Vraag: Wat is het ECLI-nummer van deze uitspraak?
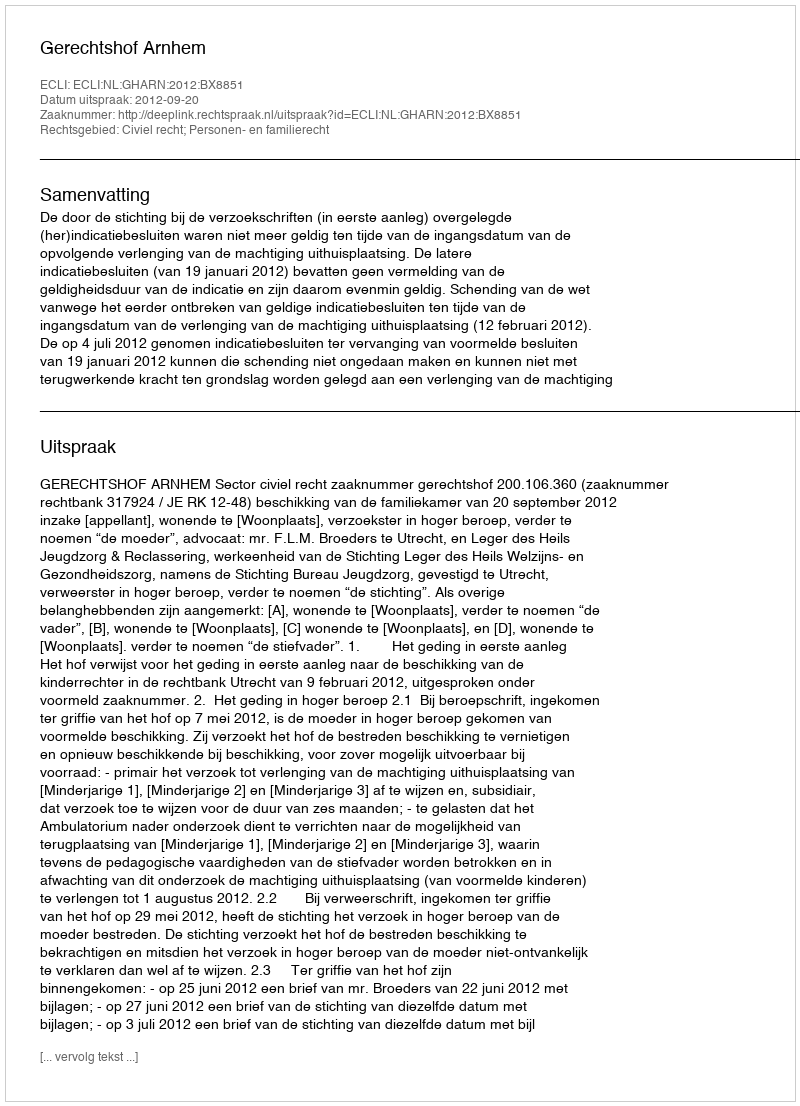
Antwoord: ECLI:NL:GHARN:2012:BX8851